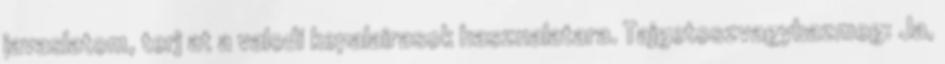
javaslatom, terj at a valodi kepalairasok hasznalatara. Tajgetoszvagybazmeg: Ja,